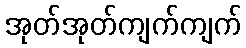
အုတ်အုတ်ကျက်ကျက်